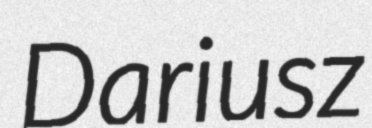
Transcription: Dariusz